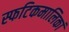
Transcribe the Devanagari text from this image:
स्फटिकमालिकां